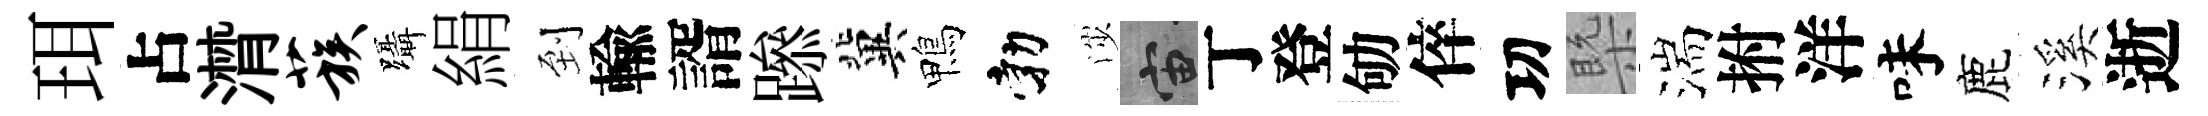
珥占潸蔟躡絹到輸諝𨅶冀鴨勃渉宙丁登劬倅㓛槩湍拊洋味鹿溪逝